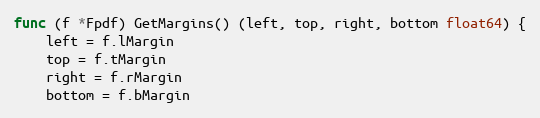
Language: Go
func (f *Fpdf) GetMargins() (left, top, right, bottom float64) {
	left = f.lMargin
	top = f.tMargin
	right = f.rMargin
	bottom = f.bMargin